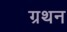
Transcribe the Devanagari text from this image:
ग्रथन